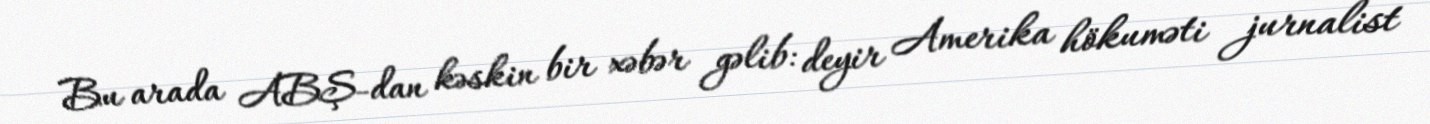
Bu arada ABŞ-dan kəskin bir xəbər gəlib: deyir Amerika hökuməti jurnalist